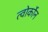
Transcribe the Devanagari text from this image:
त्वोर्कोन